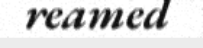
reamed